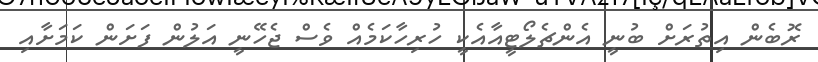
ރޮބެން އިތުރަށް ބުނީ އެންޗެލޯޓީއާއެކީ ހުރިހާކަމެއް ވެސް ޖެހޭނީ އަލުން ފަށަން ކަމަށާއި